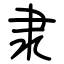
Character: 隶